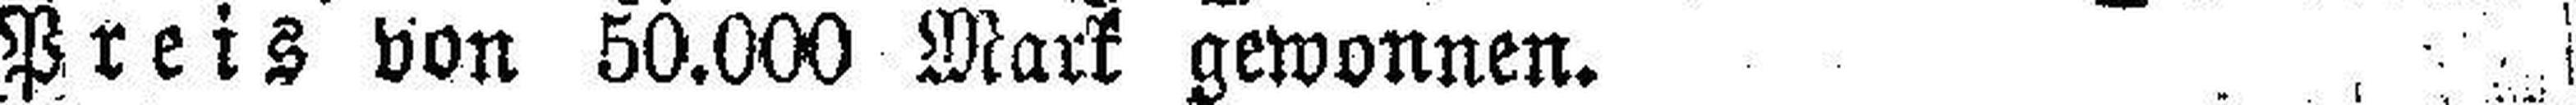
Preis von 50.000 Mark gewonnen.